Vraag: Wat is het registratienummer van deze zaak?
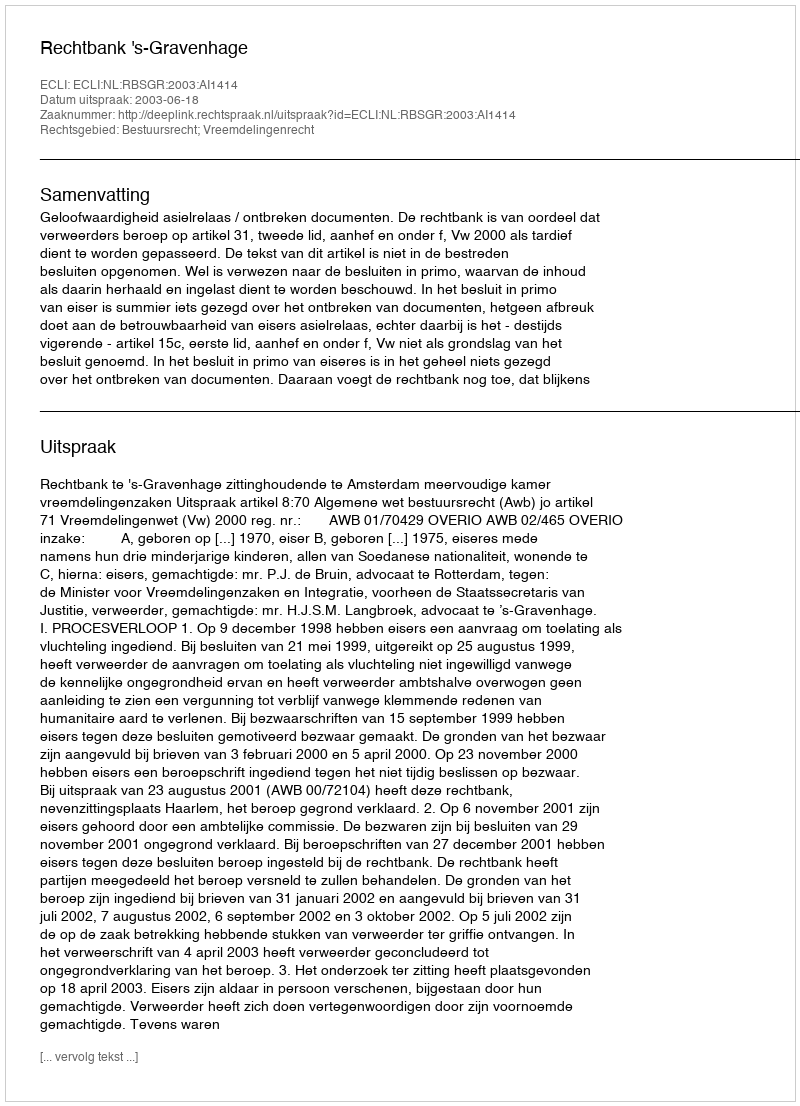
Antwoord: http://deeplink.rechtspraak.nl/uitspraak?id=ECLI:NL:RBSGR:2003:AI1414